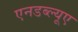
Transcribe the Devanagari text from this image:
एनडब्ल्यूए